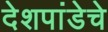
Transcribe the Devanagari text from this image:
देशपांडेचे